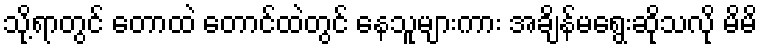
သို့ရာတွင် တောထဲ တောင်ထဲတွင် နေသူများကား အချိန်မရွေးဆိုသလို မိမိ